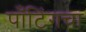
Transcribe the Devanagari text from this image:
पाँटिंगचा